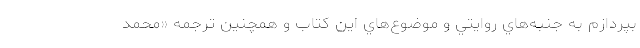
بپردازم به جنبه‌هاي روايتي و موضوع‌هاي اين كتاب و همچنين ترجمه «محمد